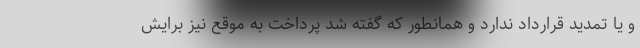
و یا تمدید قرارداد ندارد و همانطور که گفته شد پرداخت به موقع نیز برایش